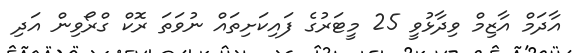
އާދަމް އާޒިމް ވިދާޅުވީ 25 މީޓަރުގެ ފައިކަށިތައް ނުވަތަ ރޮކް ގްރޯވިން އަދި